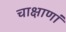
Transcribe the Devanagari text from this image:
चाक्षाणां